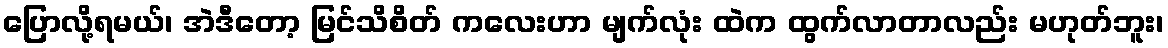
ပြောလို့ရမယ်၊ အဲဒီတော့ မြင်သိစိတ် ကလေးဟာ မျက်လုံး ထဲက ထွက်လာတာလည်း မဟုတ်ဘူး၊